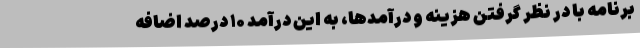
برنامه با در نظر گرفتن هزینه و درآمدها، به این درآمد ۱۰ درصد اضافه